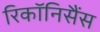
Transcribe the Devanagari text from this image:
रिकॉनिसैंस